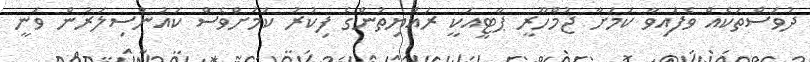
ދުވަސްތަކެއް ވެފައިވާ ކަމަށާ ޖުމްހޫރީ ޕާޓީއަކީ ރައްޔިތުންގެ ފިކުރު ކަމަށްވެސް ކައުންސިލަރުން ވަނީ